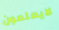
لايعلمون